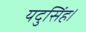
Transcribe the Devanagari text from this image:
यदुसिंह।